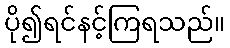
ပို၍ရင်နင့်ကြရသည်။